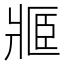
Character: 𤖋